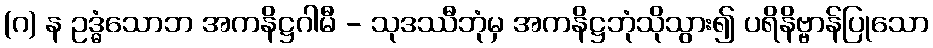
(ဂ) န ဥဒ္ဓံသောဘ အကနိဋ္ဌဂါမီ - သုဒဿီဘုံမှ အကနိဋ္ဌဘုံသိုသွား၍ ပရိနိဗ္ဗာန်ပြုသော